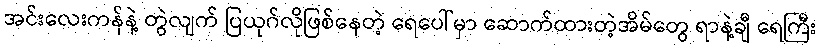
အင်းလေးကန်နဲ့ တွဲလျက် ပြယုဂ်လိုဖြစ်နေတဲ့ ရေပေါ်မှာ ဆောက်ထားတဲ့အိမ်တွေ ရာနဲ့ချီ ရေကြီး